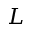
L